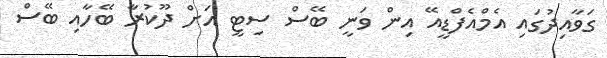
ގަވާއިދުގައި އެމްއެފްޑީއޭ އިން ވަނީ ބޭސް ސިޓީ އަށް ދޫކުރާ ބޭހާއި ބޭސް